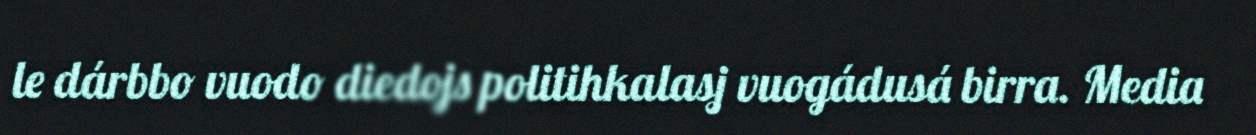
le dárbbo vuodo diedojs politihkalasj vuogádusá birra. Media